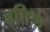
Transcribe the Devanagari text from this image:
हत्तिण